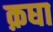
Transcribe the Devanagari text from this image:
क़घा